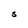
Character: S